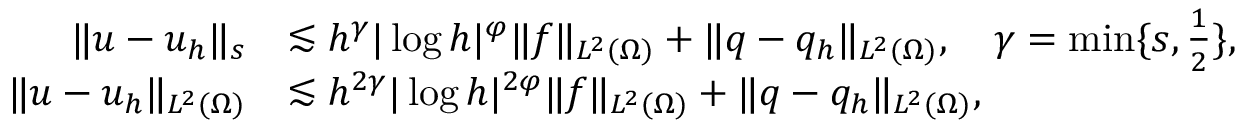
\begin{array} { r l } { \| u - u _ { h } \| _ { s } } & { \lesssim h ^ { \gamma } | \log h | ^ { \varphi } \| f \| _ { L ^ { 2 } ( \Omega ) } + \| q - q _ { h } \| _ { L ^ { 2 } ( \Omega ) } , \quad \gamma = \operatorname* { m i n } \{ s , \frac { 1 } { 2 } \} , } \\ { \| u - u _ { h } \| _ { L ^ { 2 } ( \Omega ) } } & { \lesssim h ^ { 2 \gamma } | \log h | ^ { 2 \varphi } \| f \| _ { L ^ { 2 } ( \Omega ) } + \| q - q _ { h } \| _ { L ^ { 2 } ( \Omega ) } , } \end{array}